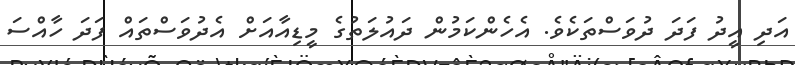
އަދި އީދު ފަދަ ދުވަސްތަކެވެ. އެހެންކަމުން ދައުލަތުގެ މީޑިއާއަށް އެދުވަސްތައް ފަދަ ހާއްސަ